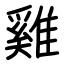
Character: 雞